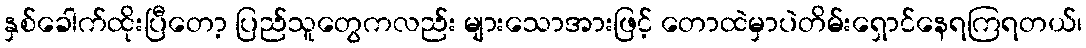
နှစ်ခေါက်ထိုးပြီတော့ ပြည်သူတွေကလည်း များသောအားဖြင့် တောထဲမှာပဲတိမ်းရှောင်နေရကြရတယ်၊